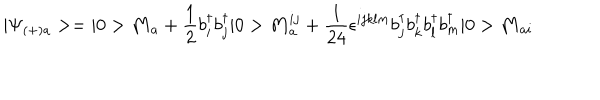
| \Psi _ { ( + ) a } > = | 0 > { \bf M } _ { a } + \frac { 1 } { 2 } b _ { i } ^ { \dagger } b _ { j } ^ { \dagger } | 0 > { \bf M } _ { a } ^ { i j } + \frac { 1 } { 2 4 } \epsilon ^ { i j k l m } b _ { j } ^ { \dagger } b _ { k } ^ { \dagger } b _ { l } ^ { \dagger } b _ { m } ^ { \dagger } | 0 > { \bf M } _ { a i }